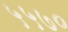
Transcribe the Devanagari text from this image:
५५७०